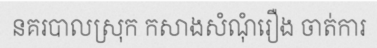
នគរបាលស្រុក កសាងសំណុំរឿង ចាត់ការ